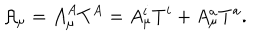
LaTeX: { \cal A } _ { \mu } = { \cal A } _ { \mu } ^ { A } T ^ { A } = A _ { \mu } ^ { i } T ^ { i } + A _ { \mu } ^ { a } T ^ { a } .